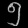
Digit: ၅